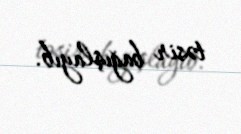
təsir bağışlayıb.